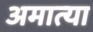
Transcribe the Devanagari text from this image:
अमात्या